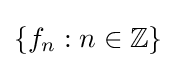
\left\{f_{n}:n\in \mathbb {Z} \right\}